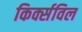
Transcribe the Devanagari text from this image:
किर्क्सविल